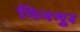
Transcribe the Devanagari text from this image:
निनगुर